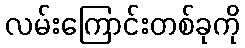
လမ်းကြောင်းတစ်ခုကို